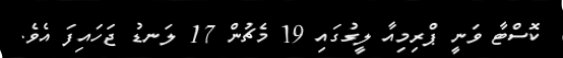
ކޮސްޓާ ވަނީ ޕްރިމިއާ ލީގުގައި 19 މެޗުން 17 ލަނޑު ޖަހައިފަ އެވެ.